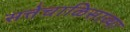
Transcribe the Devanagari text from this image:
सत्तेचाळिसाव्या